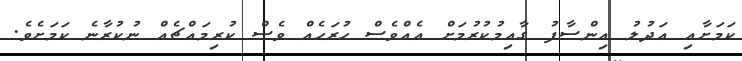
ކަމަށާއި އަދުލު އިންސާފު ގާއިމުކުރުމަށް އެއްވެސް ހުރަހެއް ވެސް ކުރިމައްޗެއް ނުކުރާނެ ކަމަށެވެ.